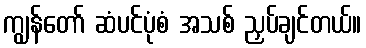
ကျွန်တော် ဆံပင်ပုံစံ အသစ် ညှပ်ချင်တယ်။